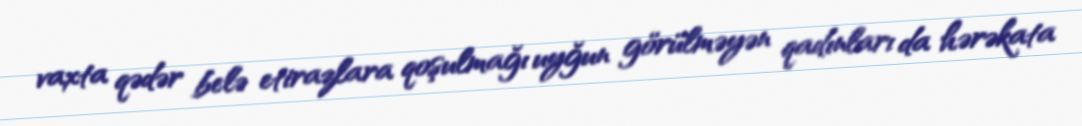
vaxta qədər belə etirazlara qoşulmağı uyğun görülməyən qadınları da hərəkata